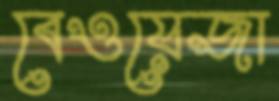
বেওয়েজা